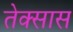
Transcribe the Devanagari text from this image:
तेक्सास